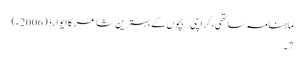
ماہنامہ ساتھی،کراچی… بچوں کے بہترین شاعر کا ایوارڈ(2006ء)
7۔